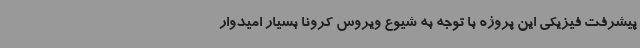
پیشرفت فیزیکی این پروژه با توجه به شیوع ویروس کرونا بسیار امیدوار